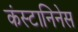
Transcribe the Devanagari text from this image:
कंस्टानिनेस